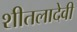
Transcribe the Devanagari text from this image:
शीतलादेवी